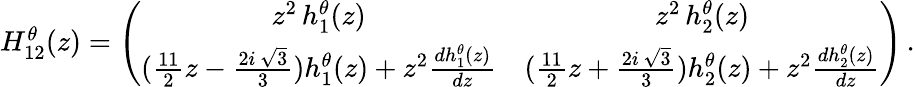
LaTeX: \begin{array}{r}{H_{12}^{\theta}(z)=\left(\begin{array}{cc}{z^{2}\, h_{1}^{\theta}(z)}&{z^{2}\, h_{2}^{\theta}(z)}\\ {(\frac{11}{2}z-\frac{2i\, \sqrt{3}}{3})h_{1}^{\theta}(z)+z^{2}\frac{dh_{1}^{\theta}(z)}{dz}}&{(\frac{11}{2}z+\frac{2i\, \sqrt{3}}{3})h_{2}^{\theta}(z)+z^{2}\frac{dh_{2}^{\theta}(z)}{dz}}\end{array}\right)\, .}\end{array}